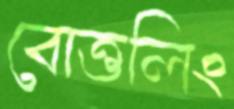
বোত্তলিং